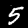
Digit: 5